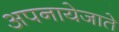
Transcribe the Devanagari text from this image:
अपनायेजाते